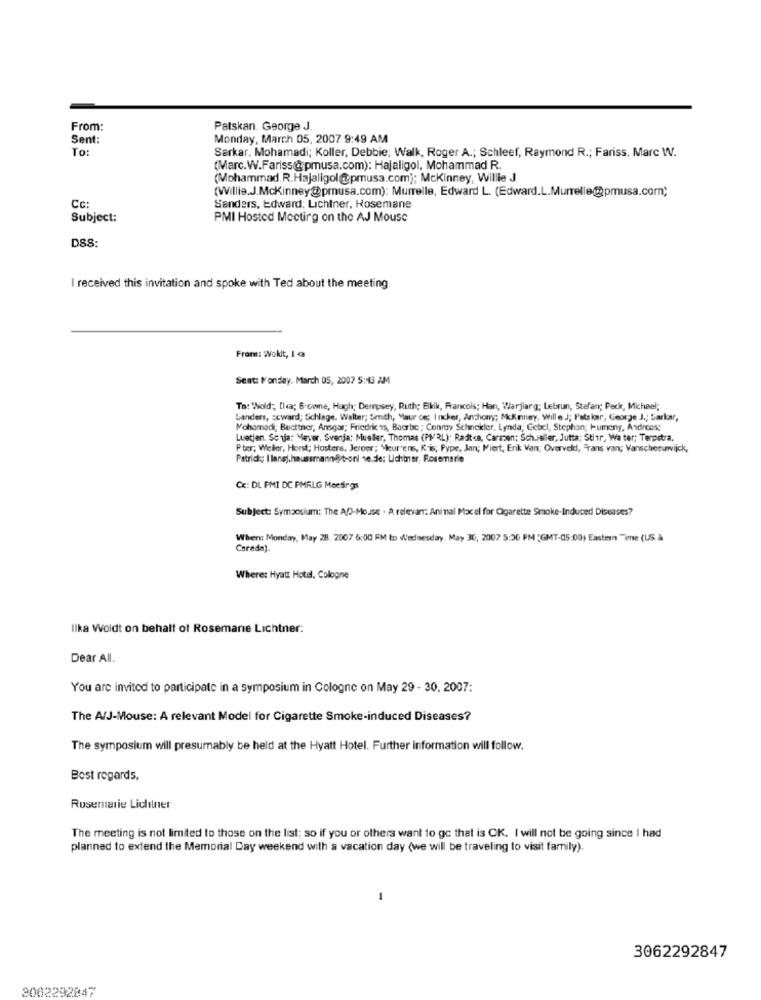
From:
Patskan. George J.
Sent:
Monday, March 05, 2007 9:49 AM
To:
Sarkar, Mohamadi; Koller, Debbie; Walk, Roger A .; Schleef, Raymond R .; Fariss. Marc W.
(Marc.W.Fariss& pmusa.com): Hajaligol, Mohammad R.
(Mohammad. R.Hajaligol@pmusa.com]; Mckinney, Willie J
(Willie.J.Mckinney@pmusa.com): Murrelle, Edward L. (Edward.L.Murrelle@pmusa.com;
Cc:
Sanders, Edward: Lichtner, Hosemane
Subject:
PMI Hosted Moctirg on the AJ Mouse
DSS:
I received this invitation and spoke with Ted about the meeting.
From: Woklt, 1 @
Sent: Monday, March 05, 2007 5:13 AM
To: Wiold; [ha; Browne, Hugh; Dempsey, Ruth; Bkik, Francois; Han, Warjiarg; Lebrun, Stefan; Pack, Michael;
Sanders, scward; Sichlage. Walter; Smith, Maur ce; Incker, Anchomy; McKnney, Wille J; Patslar, George J .; Sarkar,
Mohamadi; Buettner, Ansgar; Friedricas, Baarbe ; Conroy Schnekler. Lynda; Gebel, Stephan; Pumeny, Andreas;
Luetjen. Sonja: Meyer, Svenja; Mueller, Thomas (PIRL): Radt<a, Carszen; Sch.eller, Jutta; Stir, Wa ter; Terpstra,
Pter; Weller, Horst; Hostens, Jeroer; Meur ens, K is; Pype, Jan; Miert, Erik Van; Overveld, Frans van; Vanscheeuwijck,
Patrick; I lansj.haussmann@ t-onl ve.die: Lichtner, Rosemarie
Cc: DL PMI DC PMRLG Meetings
Subject: Symposium: The AD-Mouse - A relevan: Aninal Macel for Cigarette Smoke-Induced Diseases?
When: Monday, May 28. 2007 6:00 PM Io Wednesday, May 30, 2007 5:30 PM GMT-05:00) Eastern Time (US à
Carada).
Where: Hyatt Hotel, Cologne
Ilka Woldt on behalf of Rosemarie Lichtner:
Dear All.
You are invited to participate in a symposium in Cologne on May 29 - 30, 2007:
The A/J-Mouse: A relevant Model for Cigarette Smoke-induced Diseases?
The symposium will presumably be held at the Hyatt Hotel. Further information will follow.
Best regards,
Rosemarie Lichiner
The meeting is not limited to those on the list; so if you or others want to gc that is OK. I will not be going since I had
planned to extend the Memorial Day weekend with a vacation day (we will be traveling to visit family).
3062292847
3062292847